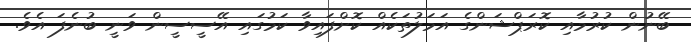
ބޭނުން ކުރުމާއި ކޮރަޕްޝަންގެ އަމަލުތަކެއް ކޮށްފައިވާ ކަމުގައި އޭސީސީން ވަނީ ބުނެފަ އެވެ.